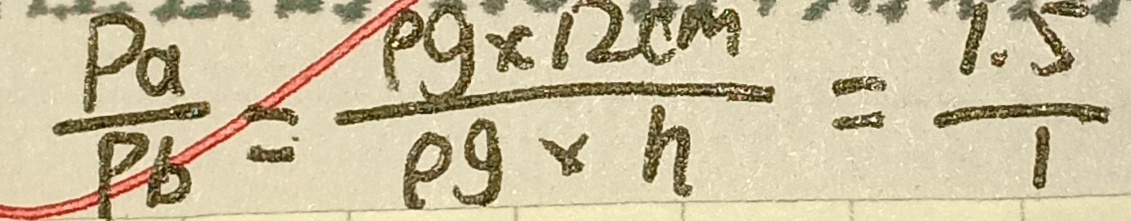
\frac { P a } { P b } = \frac { \rho g \times 1 2 c m ^ { 2 } } { \rho g \times h } = \frac { 1 . 5 } { 1 }